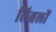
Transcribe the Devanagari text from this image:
लिब्रलों